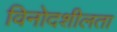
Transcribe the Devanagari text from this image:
विनोदशीलता